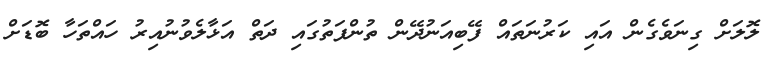
ލޮލަށް ގިނަވެގެން އައި ކަރުނަތައް ފޭބިއަނުދޭން ތުންފަތުގައި ދަތް އަޅާލެވުނުއިރު ހައްތަހާ ބޮޑަށް